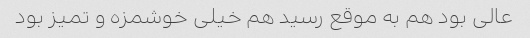
عالی بود هم به موقع رسید هم خیلی خوشمزه و تمیز بود